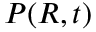
P ( R , t )